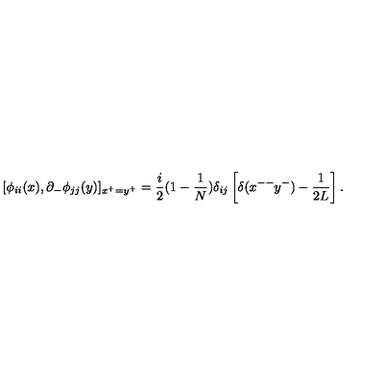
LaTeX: [ \phi _ { i i } ( x ) , \partial _ { - } \phi _ { j j } ( y ) ] _ { x ^ { + } = y ^ { + } } = \frac { i } { 2 } ( 1 - \frac { 1 } { N } ) \delta _ { i j } \left[ \delta ( x ^ { -- } y ^ { - } ) - \frac { 1 } { 2 L } \right] .